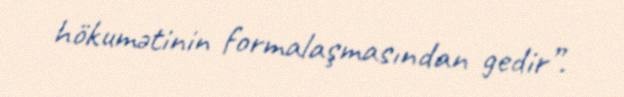
hökumətinin formalaşmasından gedir”.